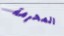
المحرمة